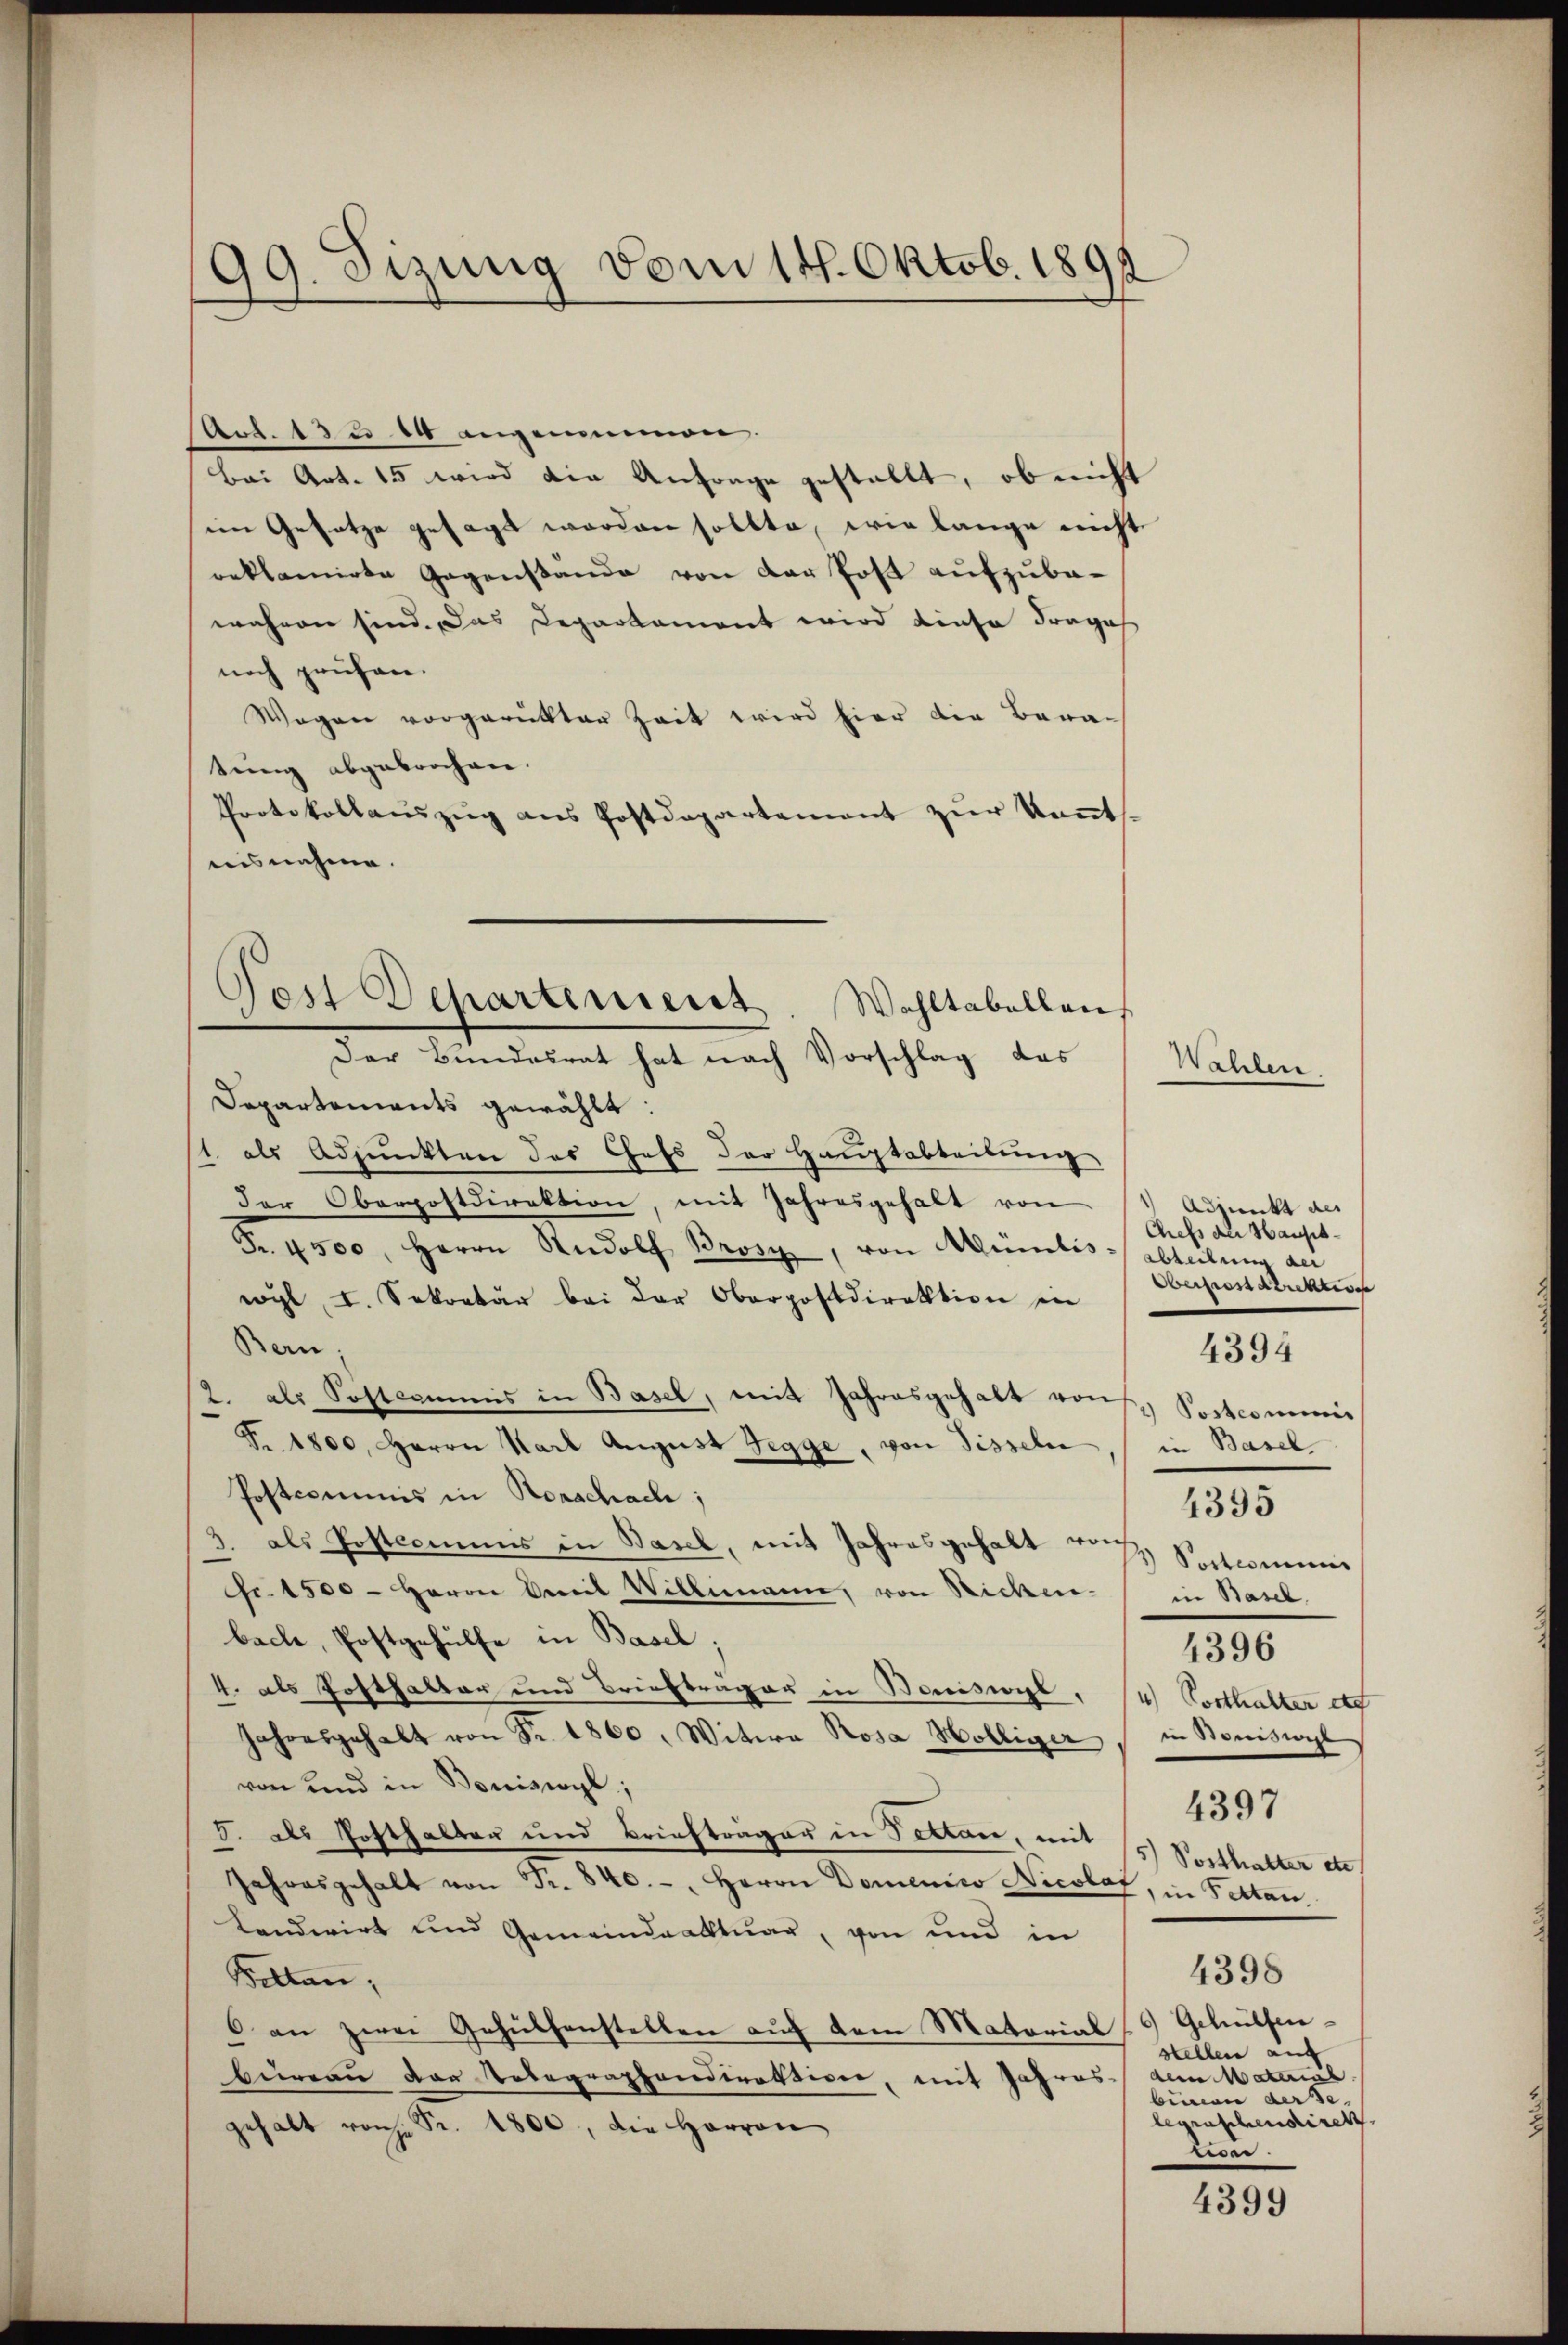
99. Sizung vom 14. Oktob. 1891

Art. 13 u 14 angenommen.
Bei Art. 15 wird die Anfrage gestellt, ob nicht
im Gesetze gesagt worden sollte, wie lange nicht
reklamirte Gegenstande von der Post aufzubawahren sind. Das Departament wird diese Frages
noch prüfen.
Wegen vorgerükter Zeit wird hier die Beratring abgebrochen.
Protokollauszug aus Postdepartement zur Kant
reis nahme.

Departements gewählt:
11. als Adjunkten des Chefs der Hauptabteilung
der Oberpostdirektion, mit Jahresgehalt von
Fr. 4500. Herrn Rudolf Brosi, von Müntis-Abteilung der
wyl, I. Sekretär bei der Oberpostdirektion in
Bern,
2. als Sostcommis in Basel, mit Jahresgehalt von Postcommis
Fr. 1800. Herrn Karl August Segge, von Sisseln
Postcommis in Rorschache;
3. als Posteriums in Basel, mit Jahresgehalt von Sectionen
Fr. 1500 - Herrn Beweil Willmann, von Richen-
bach, Postgehülfe in Basel.
4. als Posthalter und Briefträger in Boniswyl, 4 Vorthalter et
Jahresgehalt von Fr. 1860. Witwe Rosa Hölliger
von und in Boniswyl,
d. als Posthalter und Brieftrager in Sollen, mit 15) Posthalter de
Jahresgehalt von Fr. 840.-, Herrn Domenico Nicolaz, in Fettan
Cendwirt und Gemeindeaktuar, von und in
Setten,
6 an zwei Gehülfenstellen auf dem Matoriale Gehülfen-
büreau der Telegraphendirektive, mit Jahres dem Material
gehalt von Fr. 1800, die Herren

Pest Departement. Wohltabellen,
Der Bundesrat hat nach Vorschlag das

Wahlen

Adjunkt des
Chefs als Haupt-
Oberpostdirektion
in Basel
in Basel,
 eises
4397
4398
stellen auf |
binien derse
leuschendirekt
ziser.

4394

4395

4396

4399